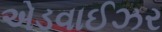
એડવાઈઝર